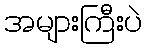
အများကြီးပဲ